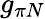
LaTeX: g_{\pi N}